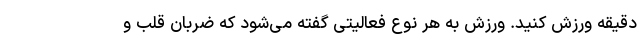
دقیقه ورزش کنید. ورزش به هر نوع فعالیتی گفته می‌شود که ضربان قلب و